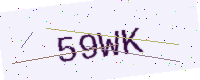
Text: 59WK